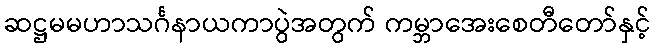
ဆဋ္ဌမမဟာသင်္ဂနာယကာပွဲအတွက် ကမ္ဘာအေးစေတီတော်နှင့်